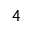
_ 4